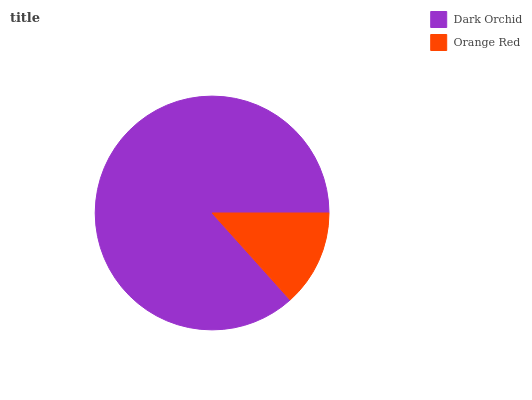
| Dark Orchid | Orange Red |
 | --- | --- |
 | 86.6% | 13.4% |